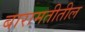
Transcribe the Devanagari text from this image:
बारामतीतील